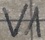
Text: V1